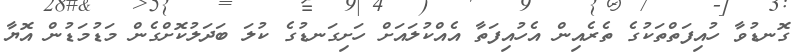
ގޮނޑުވާ ހުއިފަތްތަކުގެ ތެރެއިން އެހުއިފަތާ އެއްކުލައަށް ހަށިގަނޑުގެ ކުލަ ބަދަލުކޮށްގެން މަޑުމަޑުން އޮޔާ